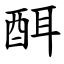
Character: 䣵